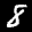
Label: 8